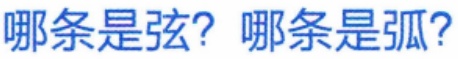
哪条是弦? 哪条是弧?